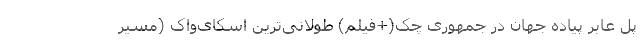
پل عابر پیاده جهان در جمهوری چک(+فیلم) طولانی‌ترین اسکای‌واک (مسیر